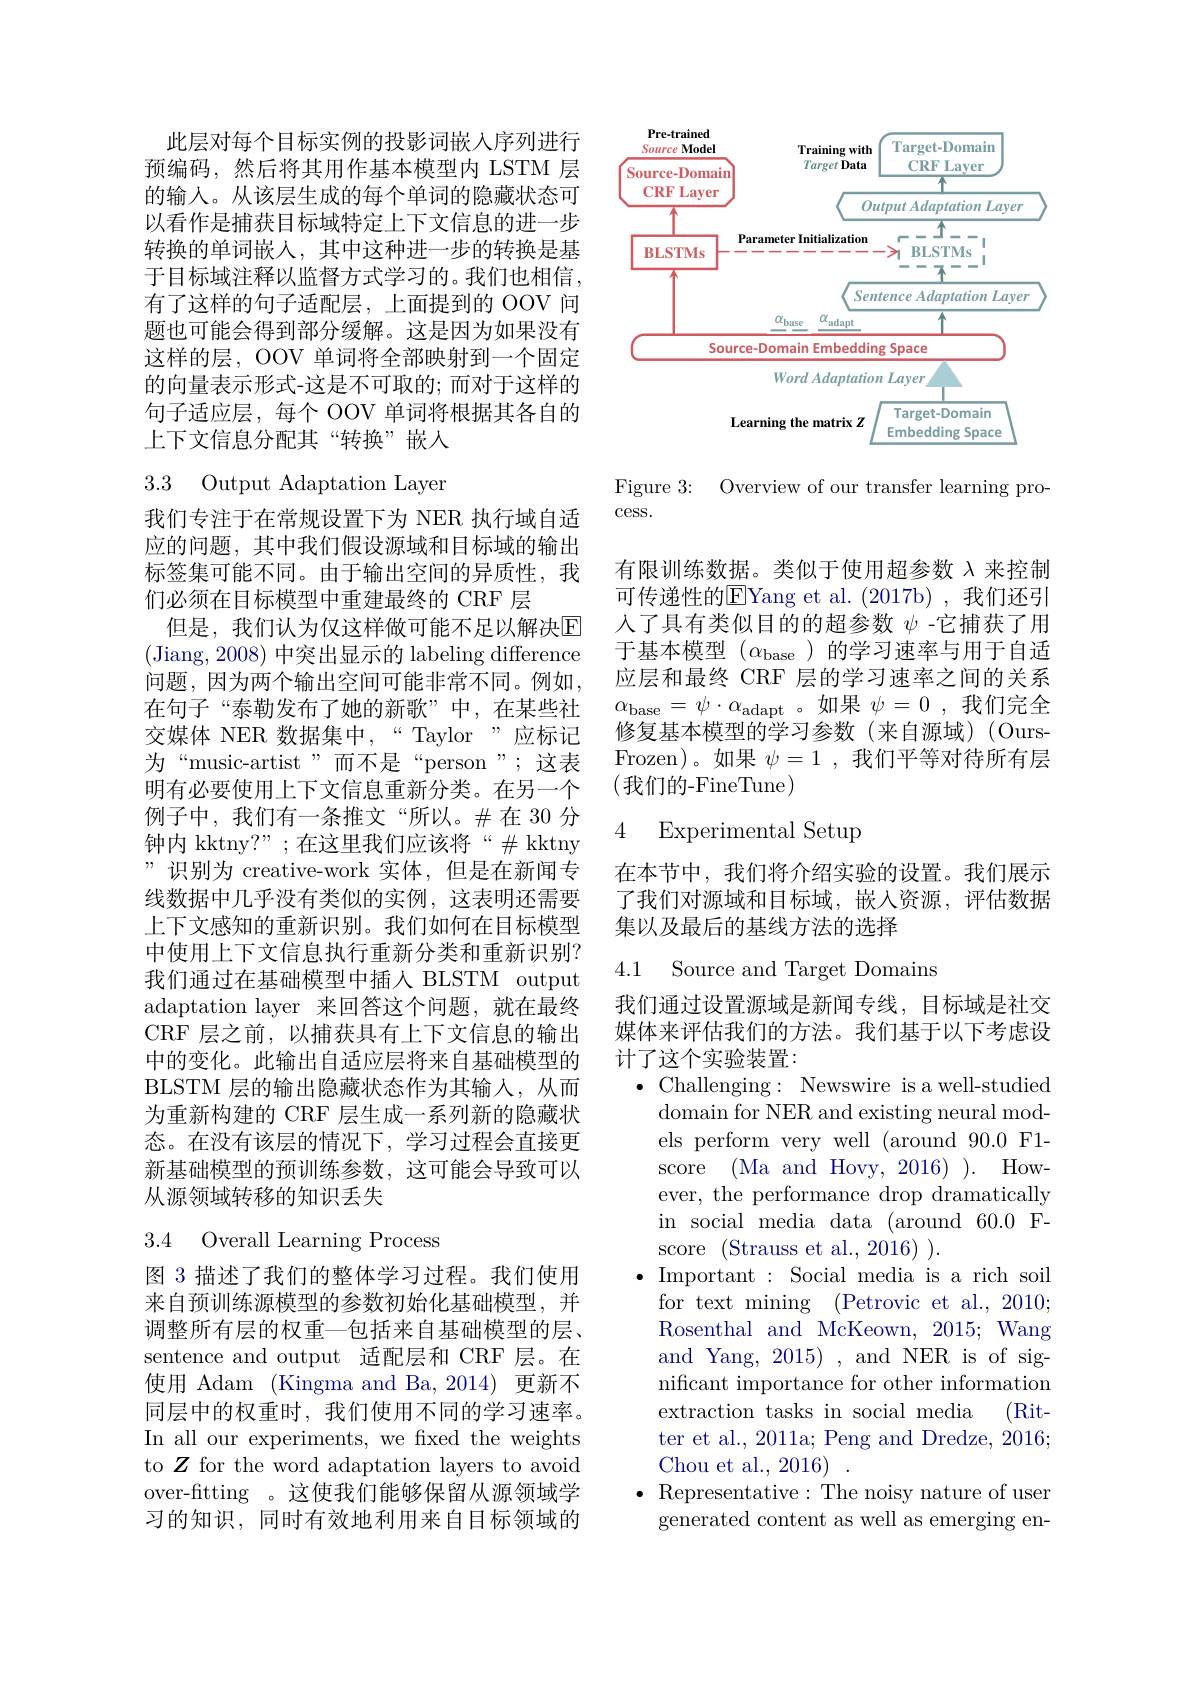
此层对每个目标实例的投影词嵌入序列进行预编码，然后将其用作基本模型内 LSTM 层的输入。从该层生成的每个单词的隐藏状态可以看作是捕获目标域特定上下文信息的进一步转换的单词嵌人，其中这种进一步的转换是基于目标域注释以监督方式学习的。我们也相信， 有了这样的句子适配层，上面提到的 OOV 问题也可能会得到部分缓解。这是因为如果没有这样的层，OOV 单词将全部映射到一个固定的向量表示形式-这是不可取的；而对于这样的句子适应层，每个 OOV 单词将根据其各自的上下文信息分配其“转换”嵌入

# 3.3 Output Adaptation Layer

我们专注于在常规设置下为 NER 执行域自适应的问题，其中我们假设源域和目标域的输出标签集可能不同。由于输出空间的异质性，我们必须在目标模型中重建最终的 CRF 层
但是，我们认为仅这样做可能不足以解决$\overline{\mathrm{E}}$ (Jiang, 2008) 中突出显示的 labeling difference 问题，因为两个输出空间可能非常不同。例如在句子“泰勒发布了她的新歌”中，在某些社交媒体 NER 数据集中，““Taylor”应标记为“music-artist”而不是“person”;这表明有必要使用上下文信息重新分类。在另一个例子中，我们有一条推文“所以。$\#在 30 分$ 钟内 kktny?”;在这里我们应该将“$\#$kktny ”识别为 creative-work 实体，但是在新闻专线数据中几乎没有类似的实例，这表明还需要上下文感知的重新识别。我们如何在目标模型中使用上下文信息执行重新分类和重新识别？ 我们通过在基础模型中插人 BLSTM output adaptation layer 来回答这个问题，就在最终CRF 层之前，以捕获具有上下文信息的输出中的变化。此输出自适应层将来自基础模型的BLSTM 层的输出隐藏状态作为其输入，从而为重新构建的 CRF 层生成一系列新的隐藏状态。在没有该层的情况下，学习过程会直接更新基础模型的预训练参数，这可能会导致可以从源领域转移的知识丢失

3.4 Overall Learning Process

图 3 描述了我们的整体学习过程。我们使用来自预训练源模型的参数初始化基础模型，并调整所有层的权重一包括来自基础模型的层、 sentence and output 适配层和 CRF 层。在使用 Adam (Kingma and Ba, 2014) 更新不同层中的权重时，我们使用不同的学习速率。In all our experiments, we fixed the weights to $Z$ for the word adaptation layers to avoid over-fitting 。这使我们能够保留从源领域学习的知识，同时有效地利用来自目标领域的

<FigureHere>

Figure 3: Overview of our transfer learning pro-
cess.

有限训练数据。类似于使用超参数$\lambda$来控制可传递性的E$Yang et al. ( 2017b) , 我 们 还 引$ 人了具有类似目的的超参数$\psi$ -它捕获了用于基本模型$(\alpha_\mathrm{base}$ )的学习速率与用于自适应层和最终 CRF 层的学习速率之间的关系$\alpha_{\mathrm{base}}=\psi\cdot\alpha_{\mathrm{adapt}}$。如果$\psi=0$,我们完全修复基本模型的学习参数(来自源域)(OursFrozen)。如果$\psi=1$,我们平等对待所有层(我们的-FineTune)

### 4 Experimental Setup

在本节中，我们将介绍实验的设置。我们展示了我们对源域和目标域，嵌入资源，评估数据集以及最后的基线方法的选择

4.1 Source and Target Domains

我们通过设置源域是新闻专线，目标域是社交媒体来评估我们的方法。我们基于以下考虑设计了这个实验装置：
$\bullet$ Challenging: Newswire is a well-studied domain for NER and existing neural models perform very well (around 90.0 F1- score (Ma and Hovy, 2016)). However, the performance drop dramatically in social media data (around 60.0 Fscore (Strauss et al.,2016)).
$\bullet$ Important: Social media is a rich soil
for text mining (Petrovic et al., 2010; Rosenthal and McKeown, 2015; Wang and Yang, 2015) , and NER is of significant importance for other information extraction tasks in social media (Ritter et al., 2011a; Peng and Dredze, 2016; Chou et al., 2016)
$\bullet$ Representative:The noisy nature of user generated content as well as emerging en-